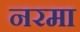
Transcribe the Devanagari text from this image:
नरमा